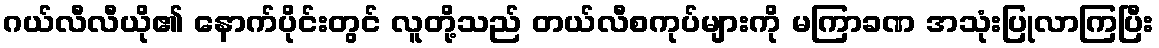
ဂယ်လီလီယို၏ နောက်ပိုင်းတွင် လူတို့သည် တယ်လီစကုပ်များကို မကြာခဏ အသုံးပြုလာကြပြီး